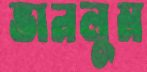
ভানলুম